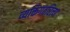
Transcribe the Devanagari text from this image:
व्यक्तिगतरित्या